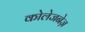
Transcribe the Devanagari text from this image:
कोलेजनेज़